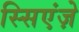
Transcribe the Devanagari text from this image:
स्सिएंज़े